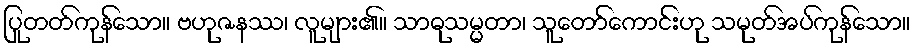
ပြုတတ်ကုန်သော။ ဗဟုဇနဿ၊ လူများ၏။ သာဓုသမ္မတာ၊ သူတော်ကောင်းဟု သမုတ်အပ်ကုန်သော။